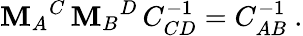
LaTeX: \mathbf{M}_{A}{}^{C}\, \mathbf{M}_{B}{}^{D}\, C_{CD}^{-1}=C_{AB}^{-1}\ .